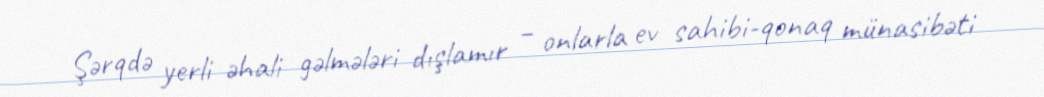
Şərqdə yerli əhali gəlmələri dışlamır – onlarla ev sahibi-qonaq münasibəti